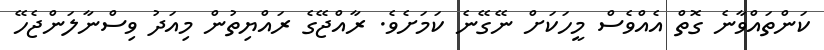
ކަންތައްވާނެ ގޮތް އެއްވެސް މީހަކަށް ނޭގޭނެ ކަަމަށެވެ. ރާއްޖޭގެ ރައްޔިތުން މިއަދު ވިސްނާލަންޖެހޭ